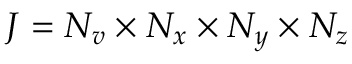
J = N _ { v } \times N _ { x } \times N _ { y } \times N _ { z }